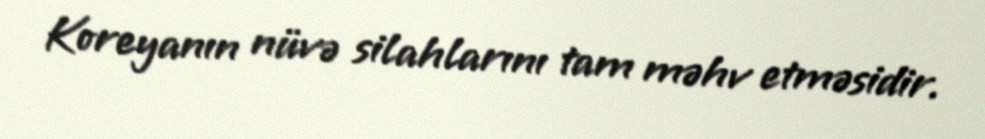
Koreyanın nüvə silahlarını tam məhv etməsidir.